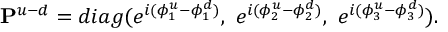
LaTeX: { \bf P } ^ { u - d } = d i a g ( e ^ { i ( \phi _ { 1 } ^ { u } - \phi _ { 1 } ^ { d } ) } , ~ e ^ { i ( \phi _ { 2 } ^ { u } - \phi _ { 2 } ^ { d } ) } , ~ e ^ { i ( \phi _ { 3 } ^ { u } - \phi _ { 3 } ^ { d } ) } ) .